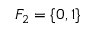
F _ { 2 } = \{ 0 , 1 \}